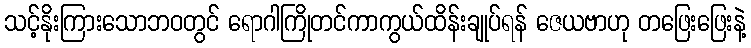
သင့်နိုးကြားသောဘဝတွင် ရောဂါကြိုတင်ကာကွယ်ထိန်းချုပ်ရန် ဇေယဗာဟု တဖြေးဖြေးနဲ့